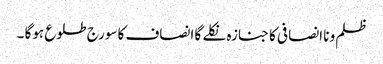
ظلم ونا انصافی کا جنازہ نکلے گا انصاف کا سورج طلوع ہوگا ۔